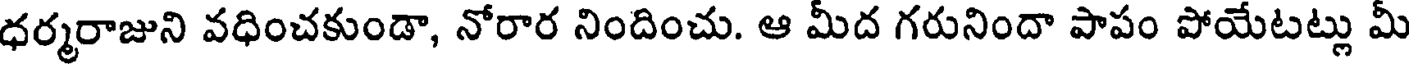
ధర్మరాజుని వధించకుండా, నోరార నిందించు. ఆ మీద గరునిందా పాపం పోయేటట్లు మీ